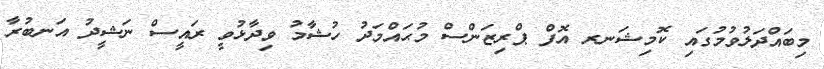
މިބައްދަލުވުމުގައި ކޮމިޝަނރ އޮފް ޕްރިޒަންސް މުޙައްމަދު ހުޝާމު ވިދާޅުވީ ރައީސް ނަޝީދު އަނބުރާ